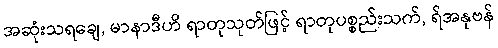
အဆုံးသရချေ, မာနာဒီဟိ ရာတုသုတ်ဖြင့် ရာတုပစ္စည်းသက်, ရ်အနုဗန်